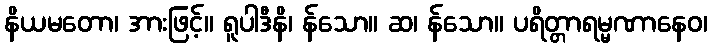
နိယမတော၊ အားဖြင့်။ ရူပါဒီနိ၊ န်သော။ ဆ၊ န်သော။ ပရိတ္တာရမ္မဏာနေဝ၊